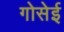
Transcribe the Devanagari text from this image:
गोसेई